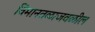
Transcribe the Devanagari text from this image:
विमानतळाजवळील